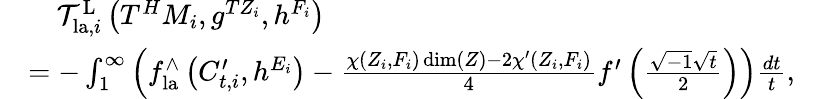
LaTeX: \begin{array}{rlr}&{\ \ \ \ \mathcal{T}_{\mathrm{la},i}^{\mathrm{L}}\left(T^{H}M_{i},g^{TZ_{i}},h^{F_{i}}\right)}&\\ &{=-\int_{1}^{\infty}\left(f_{\mathrm{la}}^{\wedge}\left(C_{t,i}^{\prime},h^{E_{i}}\right)-\frac{\chi(Z_{i},F_{i})\dim(Z)-2\chi^{\prime}(Z_{i},F_{i})}{4}f^{\prime}\left(\frac{\sqrt{-1}\sqrt{t}}{2}\right)\right)\frac{dt}{t},}\end{array}